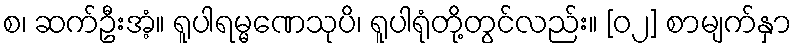
စ၊ ဆက်ဦးအံ့။ ရူပါရမ္မဏေသုပိ၊ ရူပါရုံတို့တွင်လည်း။ [၀၂] စာမျက်နှာ